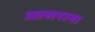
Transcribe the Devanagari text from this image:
आसराना